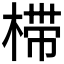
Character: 𰘀